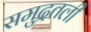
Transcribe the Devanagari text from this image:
समुद्रतली